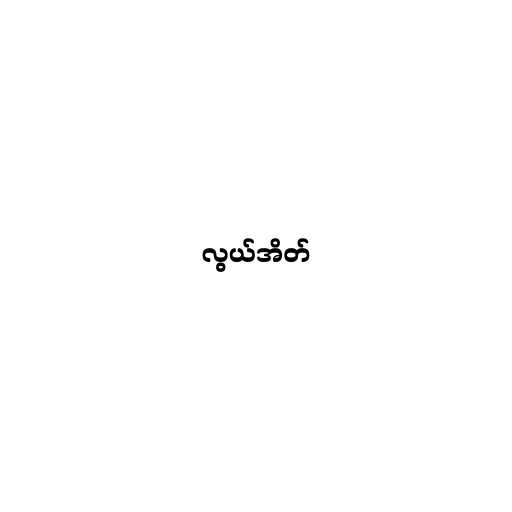
လွယ်အိတ်